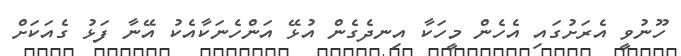
ހޫނުވީ އެރަށުގައި އެހެން މީހަކާ އިނދެގެން އުޅޭ އަންހެނަކާއެކު އޭނާ ފަޅު ގެއަކަށް